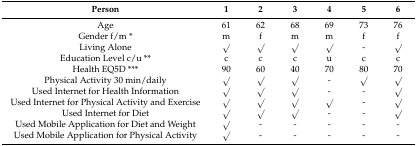
<table><thead><tr><td><b>Person</b></td><td><b>1</b></td><td><b>2</b></td><td><b>3</b></td><td><b>4</b></td><td><b>5</b></td><td><b>6</b></td></tr></thead><tbody><tr><td>Age</td><td>61</td><td>62</td><td>68</td><td>69</td><td>73</td><td>76</td></tr><tr><td>Gender f/m *</td><td>m</td><td>f</td><td>m</td><td>m</td><td>f</td><td>f</td></tr><tr><td>Living Alone</td><td>√</td><td>√</td><td>√</td><td>√</td><td>-</td><td>√</td></tr><tr><td>Education Level c/u **</td><td>c</td><td>c</td><td>c</td><td>u</td><td>c</td><td>c</td></tr><tr><td>Health EQ5D ***</td><td>90</td><td>60</td><td>40</td><td>70</td><td>80</td><td>70</td></tr><tr><td>Physical Activity 30 min/daily</td><td>√</td><td>√</td><td>√</td><td>-</td><td>√</td><td>√</td></tr><tr><td>Used Internet for Health Information</td><td>√</td><td>√</td><td>√</td><td>-</td><td>-</td><td>√</td></tr><tr><td>Used Internet for Physical Activity and Exercise</td><td>√</td><td>√</td><td>√</td><td>√</td><td>-</td><td>√</td></tr><tr><td>Used Internet for Diet</td><td>√</td><td>√</td><td>√</td><td>-</td><td>-</td><td>√</td></tr><tr><td>Used Mobile Application for Diet and Weight</td><td>√</td><td>-</td><td>-</td><td>-</td><td>-</td><td>-</td></tr><tr><td>Used Mobile Application for Physical Activity</td><td>√</td><td>-</td><td>-</td><td>-</td><td>-</td><td>-</td></tr></tbody></table>